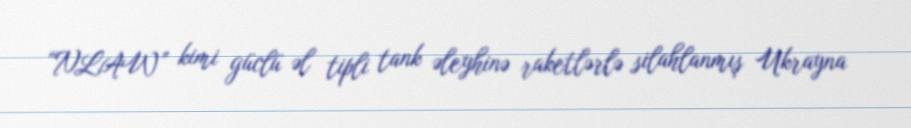
“NLAW” kimi güclü əl tipli tank əleyhinə raketlərlə silahlanmış Ukrayna